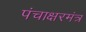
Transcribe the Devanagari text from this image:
पंचाक्षरमंत्र